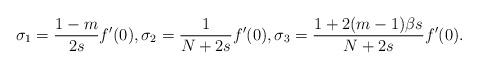
LaTeX: \begin{align*}\sigma_1 =\frac{1-m}{2s}f'(0), \sigma_{2}=\frac{1}{N+2s}f'(0), \sigma_3=\frac{1+2(m-1)\beta s}{N+2s}f'(0).\end{align*}